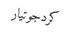
كردجوتیار